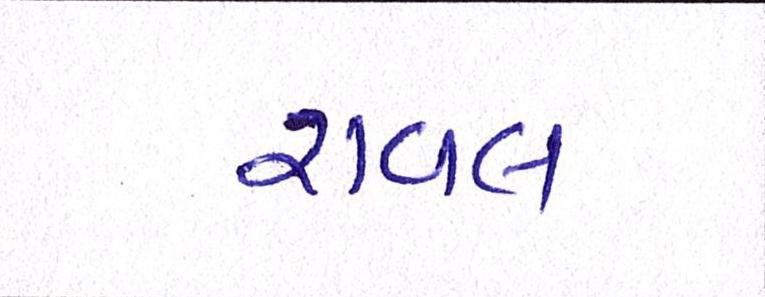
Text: રાવલ